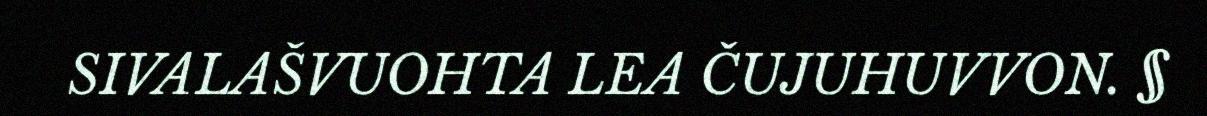
SIVALAŠVUOHTA LEA ČUJUHUVVON. §